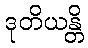
ဒုတိယန္တိ